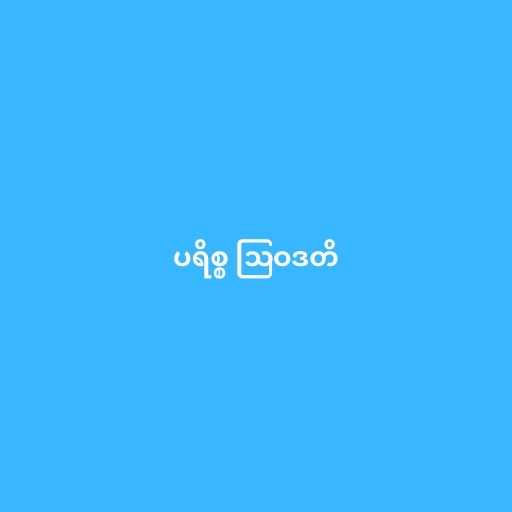
ပရိစ္စ ဩဝဒတိ